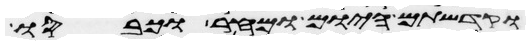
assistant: וקדשתם היום ומחר וכבסו